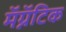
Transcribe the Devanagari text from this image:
मॅग्नॅटिक